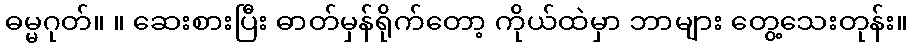
ဓမ္မဂုတ်။ ။ ဆေးစားပြီး ဓာတ်မှန်ရိုက်တော့ ကိုယ်ထဲမှာ ဘာများ တွေ့သေးတုန်း။